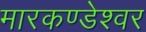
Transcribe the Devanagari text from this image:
मारकण्डेश्वर